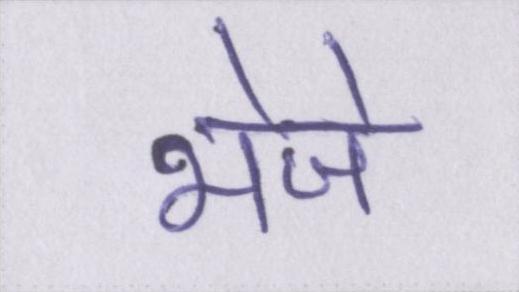
भेजे